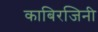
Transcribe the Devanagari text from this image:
काबिरजिनी